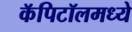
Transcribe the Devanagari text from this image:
कॅपिटॉलमध्ये